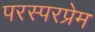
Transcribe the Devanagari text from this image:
परस्परप्रेम